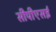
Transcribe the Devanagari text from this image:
सीपीएसई